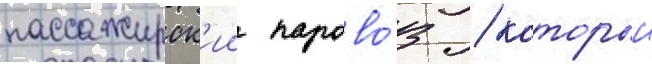
пассажирск'ии парово́з / которыи